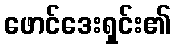
ဖောင်ဒေးရှင်း၏